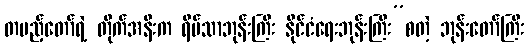
တပည့်တော်ရဲ့ တိုက်အနီးက ရိပ်သာဘုန်းကြီး နိုင်ငံရေးဘုန်းကြီး”စတဲ့ ဘုန်းတော်ကြီး